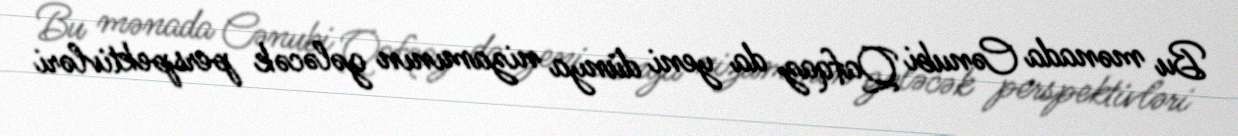
Bu mənada Cənubi Qafqaz da yeni dünya nizamının gələcək perspektivləri